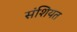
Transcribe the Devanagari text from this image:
संशियत